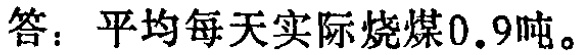
答：平均每天实际烧煤\(0.9\)吨。